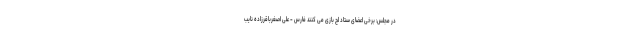
در مجلس: برخی اعضای ستاد لج بازی می کنند فارس - علی اصغرباقرزاده نایب